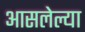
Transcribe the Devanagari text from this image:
आसलेल्या